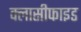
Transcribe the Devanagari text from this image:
क्लासीफाइड